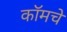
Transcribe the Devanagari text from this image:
कॉमचे